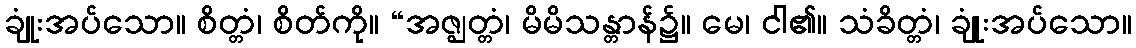
ချုံးအပ်သော။ စိတ္တံ၊ စိတ်ကို။ “အဇ္ဈတ္တံ၊ မိမိသန္တာန်၌။ မေ၊ ငါ၏။ သံခိတ္တံ၊ ချုံးအပ်သော။